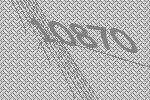
10870